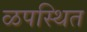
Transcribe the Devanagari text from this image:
ळपस्थित